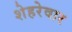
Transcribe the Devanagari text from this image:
शेहरेवार